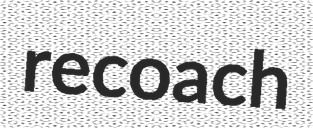
recoach